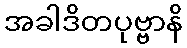
အခါဒိတပုဗ္ဗာနိ